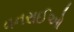
વનરાઈઓ